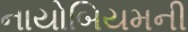
નાયોબિયમની